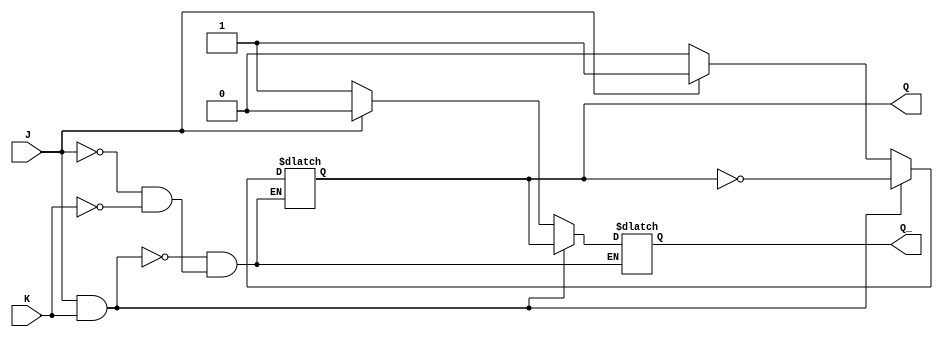
module JK_latch (
    input J, // set input
    input K, // reset input
    output reg Q, // output
    output reg Q_ // complement output
);

always @ (J, K) begin
    if (J && K) begin
        Q <= ~Q;
        Q_ <= Q;
    end else if (J) begin
        Q <= 1;
        Q_ <= 0;
    end else if (K) begin
        Q <= 0;
        Q_ <= 1;
    end
end

endmodule